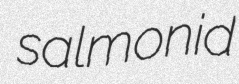
salmonid